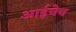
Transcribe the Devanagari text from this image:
आईचेच